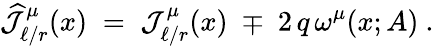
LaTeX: \widehat{{\mathcal J}}_{\ell/r}^{\mu}(x)\; =\; {\mathcal J}_{\ell/r}^{\mu}(x)\; \mp\; 2\, q\, \omega^{\mu}(x;A)~.